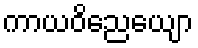
ကာယဝိညေယျော